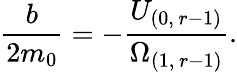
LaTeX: \frac{b}{2m_{0}}=-\frac{U_{(0,\, r-1)}}{\Omega_{(1,\, r-1)}}.